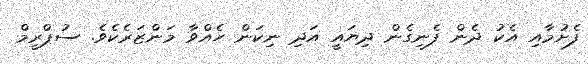
ފެށުމާއި އެކު ދެން ފެނިގެން ދިޔައީ އަދި ނިކަން ހެއްވާ މަންޒަރެކެވެ. ސުޕްރީމް